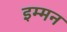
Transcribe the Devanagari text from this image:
इम्मन